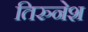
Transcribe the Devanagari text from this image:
तिरुनेश